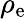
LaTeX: \rho_{\mathrm{e}}